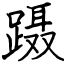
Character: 蹑